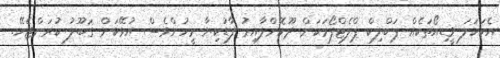
އެކަހަލަ ވީޑިއޯތަކެއް ޕަބްލިކް ޕްލެޓްފޯމަކަށް ދޫކޮށްލާއިރު ފާޑުކިޔާ މީހުންވެސް އުޅޭކަން ގަބޫލު ކުރަންޖެހޭ.